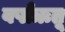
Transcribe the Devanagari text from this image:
वर्षाऋतू